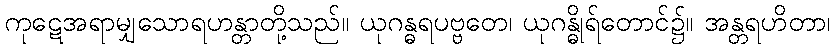
ကုဋေအရာမျှသောရဟန္တာတို့သည်။ ယုဂန္ဓရပဗ္ဗတေ၊ ယုဂန္ဓိုရ်တောင်၌။ အန္တရဟိတာ၊